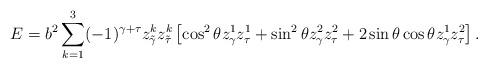
LaTeX: \begin{align*}E=b^2\sum\limits_{k=1}^{3}(-1)^{\gamma + \tau}z^{k}_{\tilde{\gamma}}z^{k}_{\tilde{\tau}}\left[\cos^2\theta z^{1}_{\gamma}z^{1}_{\tau}+\sin^2\theta z^{2}_{\gamma}z^{2}_{\tau}+2\sin\theta \cos\theta z^{1}_{\gamma}z^{2}_{\tau}\right].\end{align*}